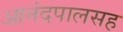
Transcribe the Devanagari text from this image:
आनंदपालसह